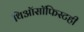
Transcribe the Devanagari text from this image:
थिऑसॉफिस्टही